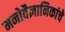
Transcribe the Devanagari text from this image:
मनोवैज्ञानिकांचे